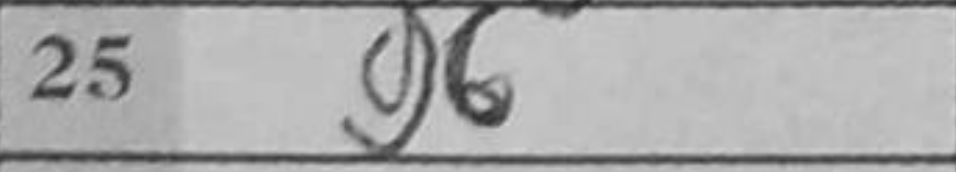
Transcription: g6